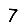
Digit: 7